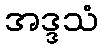
အဒ္ဒသံ